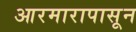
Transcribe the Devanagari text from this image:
आरमारापासून